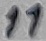
Text: 11